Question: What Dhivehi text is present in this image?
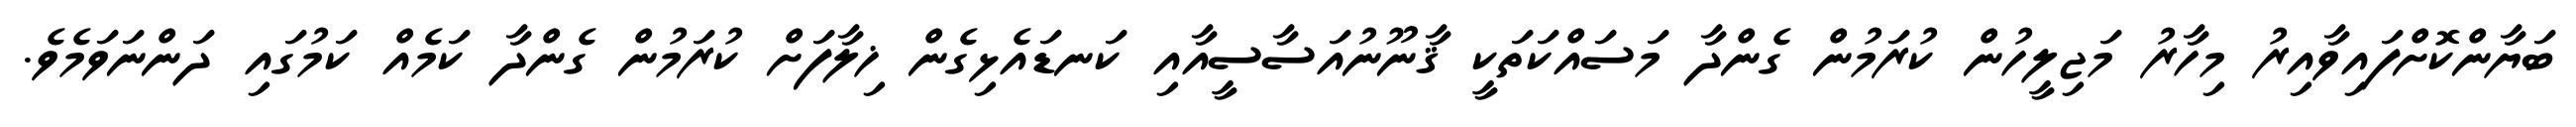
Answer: ބަޔާންކޮށްފައިވާއިރު މިހާރު މަޖިލީހުން ކުރަމުން ގެންދާ މަސައްކަތަކީ ޤާނޫނުއަސާސީއާއި ކަނޑައެޅިގެން ޚިލާފަށް ކުރަމުން ގެންދާ ކަމެއް ކަމުގައި ދަންނަވަމެވެ.